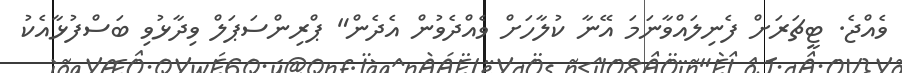
ވެއްޖެ. ޓީޗަރަށް ފެނިލައްވާނަމަ އޭނާ ކުލާހަށް ވެއްދެވުން އެދެން" ޕްރިންސަޕަލް ވިދާޅުވި ބަސްފުޅާއެކު